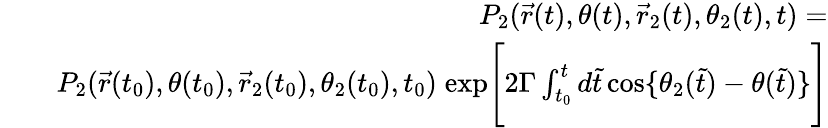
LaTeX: \begin{array}{rlr}&{}&{P_{2}(\vec{r}(t),\theta(t),\vec{r}_{2}(t),\theta_{2}(t),t)=}\\ &{}&{P_{2}(\vec{r}(t_{0}),\theta(t_{0}),\vec{r}_{2}(t_{0}),\theta_{2}(t_{0}),t_{0})\; \mathrm{exp}\Bigg[2\Gamma\int_{t_{0}}^{t}d\tilde{t}\, \mathrm{cos}\{ \theta_{2}(\tilde{t})-\theta(\tilde{t})\} \Bigg]}\end{array}